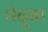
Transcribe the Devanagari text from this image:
चेदूबा